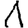
Digit: 1